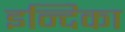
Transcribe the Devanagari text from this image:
इन्दिका